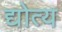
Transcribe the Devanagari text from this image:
द्योत्य